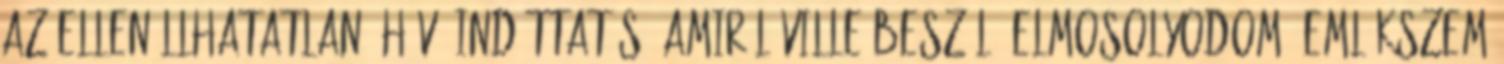
az ellenállhatatlan, hívó indíttatás, amiről Ville beszél. Elmosolyodom. Emlékszem